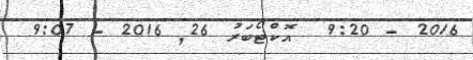
2016 - 9:20  އޮކްޓޯބަރު 26